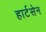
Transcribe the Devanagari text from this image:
हार्टसेन